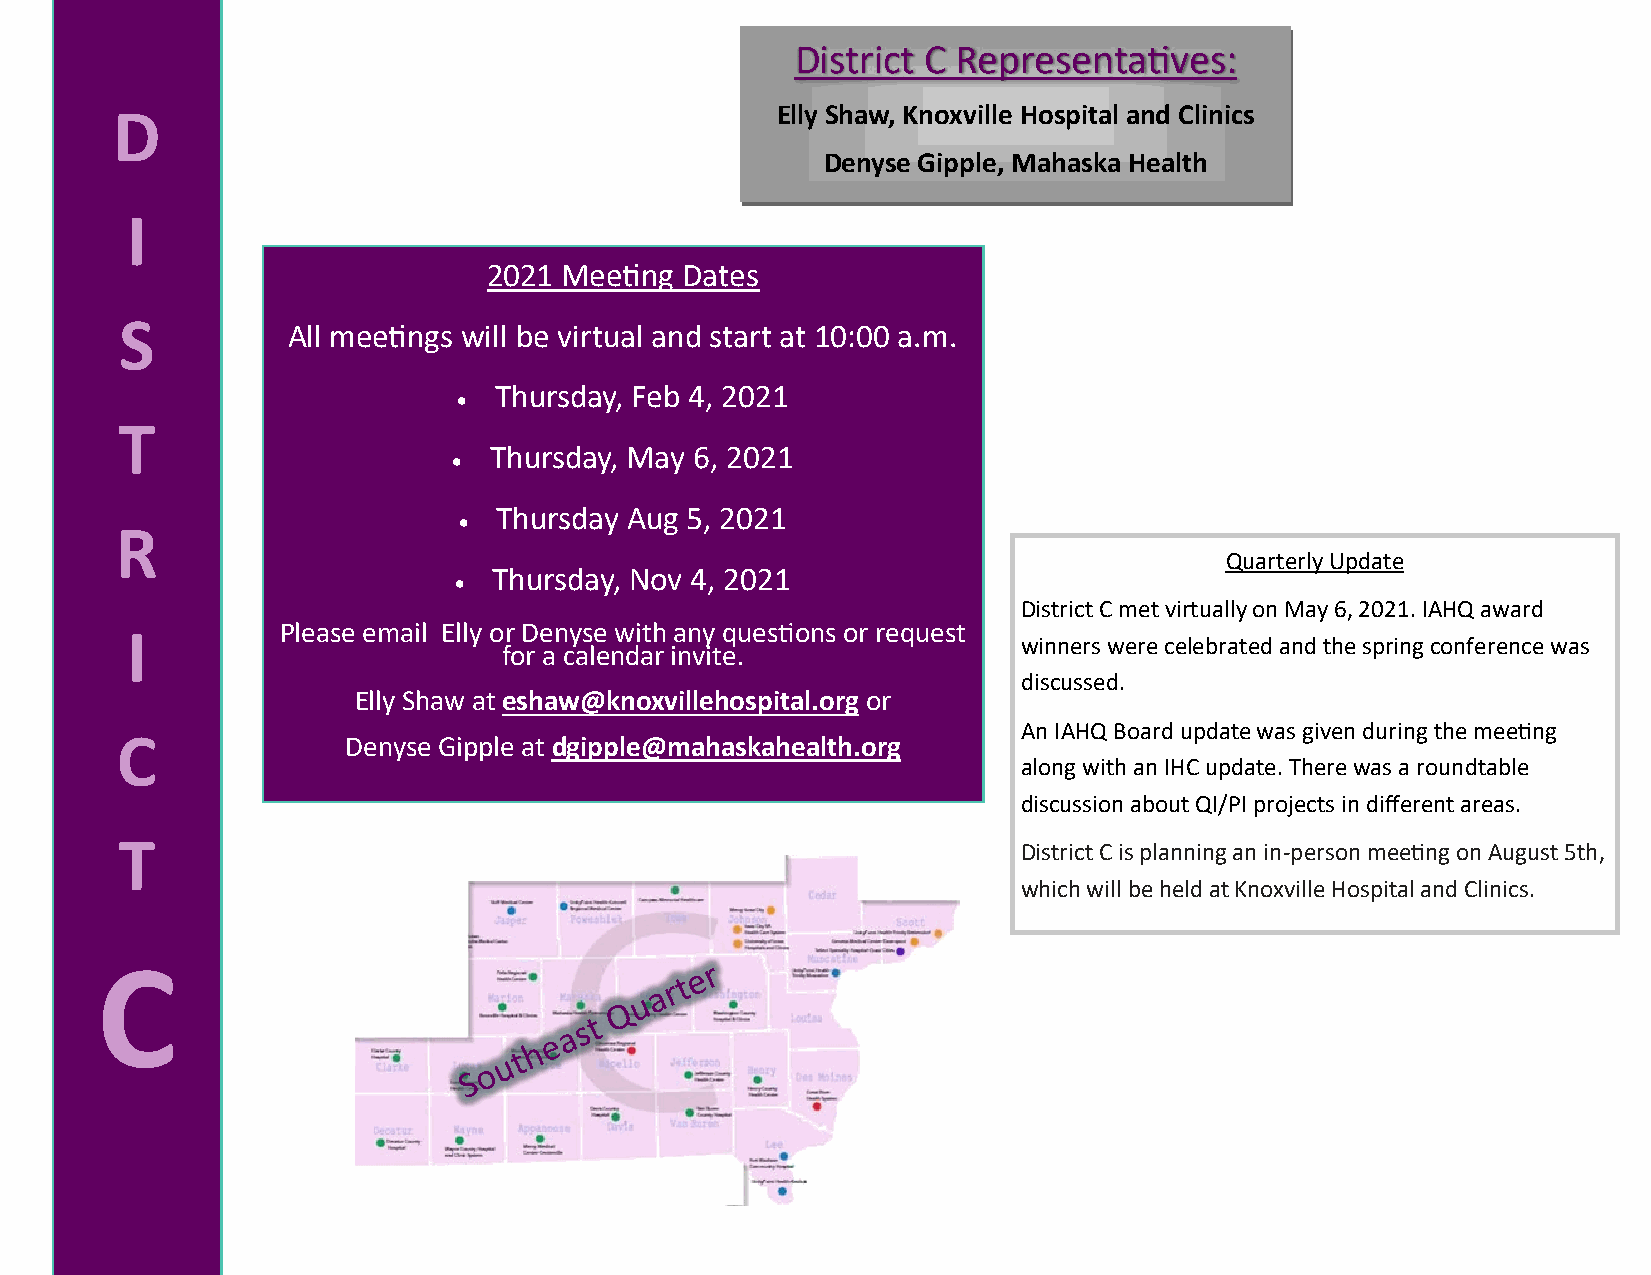
District C Representatives:
 Elly Shaw, Knoxville Hospital and Clinics
 D
 Denyse Gipple, Mahaska Health
 I
 2021 Meeting Dates
 S          All meetings will be virtual and start at 10:00 a.m.
 Thursday, Feb 4, 2021
 •
 T
 Thursday, May 6, 2021
 •
 Thursday Aug 5, 2021
 •
 R
 Quarterly Update
 Thursday, Nov 4, 2021
 •
 District C met virtually on May 6, 2021. IAHQ award
 Please email Elly or Denyse with any questions or request
 I                                                           winners were celebrated and the spring conference was
 for a calendar invite.
 discussed.
 Elly Shaw at eshaw@knoxvillehospital.org or
 An IAHQ Board update was given during the meeting
 C              Denyse Gipple at dgipple@mahaskahealth.org
 along with an IHC update. There was a roundtable
 discussion about QI/PI projects in different areas.
 T                                                           District C is planning an in- person meeting on August 5th,
 which will be held at Knoxville Hospital and Clinics.
 C